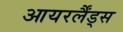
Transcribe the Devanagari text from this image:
आयरर्लैंड्स